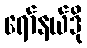
ရော်နယ်ဒို